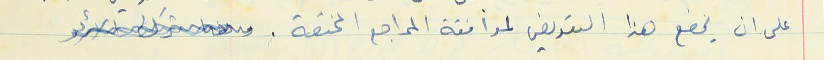
على ان يخضع هذا التعويض لموافقة المراجع المختصة .